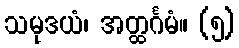
သမုဒယံ၊ အတ္ထင်္ဂမံ။ (၅)